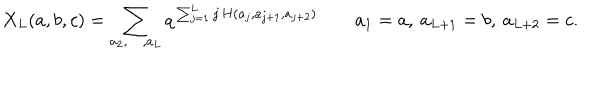
X _ { L } ( a , b , c ) = \sum _ { a _ { 2 } , \ldots , a _ { L } } q ^ { \, \sum _ { j = 1 } ^ { L } j \, H ( a _ { j } , a _ { j + 1 } , a _ { j + 2 } ) } \qquad a _ { 1 } = a , \: a _ { L + 1 } = b , \: a _ { L + 2 } = c .